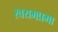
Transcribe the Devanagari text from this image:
स्वयमप्रभा